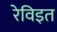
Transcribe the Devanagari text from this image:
रेविइत